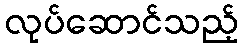
လုပ်ဆောင်သည့်